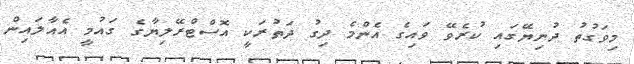
މިވަގުތު ދުނިޔޭގައި ކުރެވޭ ވައިގެ އެންމެ ދިގު ދަތުރަކީ އޮސްޓްރޭލިޔާގެ ގައުމީ އެއާލައިން